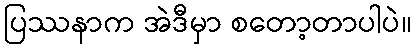
ပြဿနာက အဲဒီမှာ စတော့တာပါပဲ။